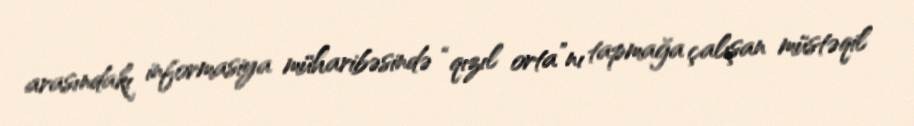
arasındakı informasiya müharibəsində “qızıl orta”nı tapmağa çalışan müstəqil